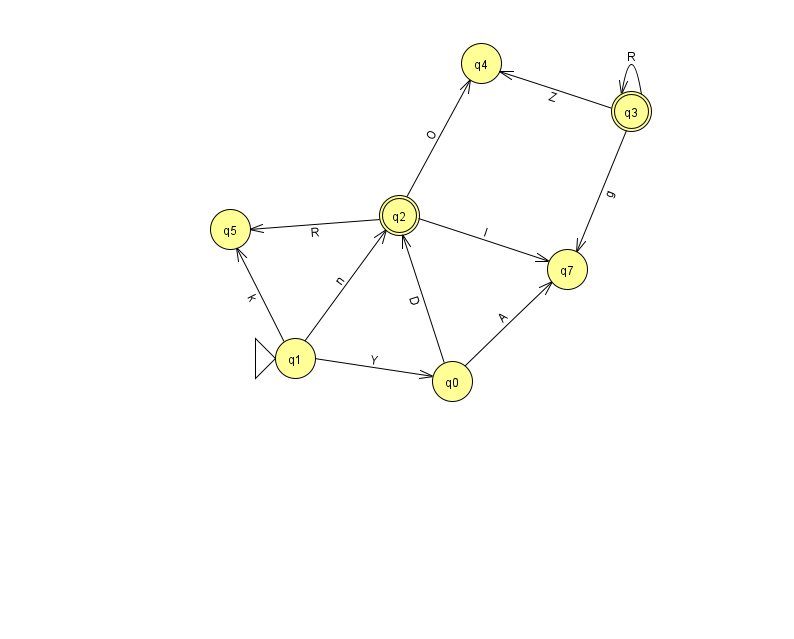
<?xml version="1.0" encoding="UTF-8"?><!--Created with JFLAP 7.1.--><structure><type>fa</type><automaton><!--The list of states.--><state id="0" name="q0"><x>452.0</x><y>368.0</y></state><state id="1" name="q1"><x>295.0</x><y>345.0</y><initial/></state><state id="2" name="q2"><x>399.0</x><y>202.0</y><final/></state><state id="3" name="q3"><x>631.0</x><y>98.0</y><final/></state><state id="4" name="q4"><x>481.0</x><y>50.0</y></state><state id="5" name="q5"><x>230.0</x><y>216.0</y></state><state id="7" name="q7"><x>567.0</x><y>256.0</y></state><!--The list of transitions.--><transition><from>3</from><to>3</to><read>R</read></transition><transition><from>3</from><to>4</to><read>Z</read></transition><transition><from>1</from><to>2</to><read>n</read></transition><transition><from>2</from><to>5</to><read>R</read></transition><transition><from>1</from><to>5</to><read>k</read></transition><transition><from>3</from><to>7</to><read>g</read></transition><transition><from>1</from><to>0</to><read>Y</read></transition><transition><from>2</from><to>4</to><read>O</read></transition><transition><from>2</from><to>7</to><read>I</read></transition><transition><from>0</from><to>2</to><read>D</read></transition><transition><from>0</from><to>7</to><read>A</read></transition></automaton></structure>